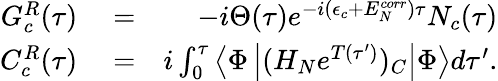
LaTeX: \begin{array}{rlr}{G_{c}^{R}(\tau)}&{{}=}&{-i\Theta(\tau)e^{-i(\epsilon_{c}+E_{N}^{corr})\tau}N_{c}(\tau)}\\ {C_{c}^{R}(\tau)}&{{}=}&{i\int_{0}^{\tau}\left<\Phi\left|(H_{N}e^{T(\tau^{\prime})})_{C}\right|\Phi\right>d\tau^{\prime}.}\end{array}